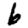
Digit: 6